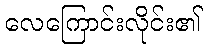
လေကြောင်းလိုင်း၏